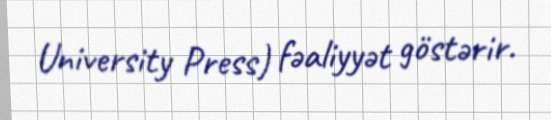
University Press) fəaliyyət göstərir.